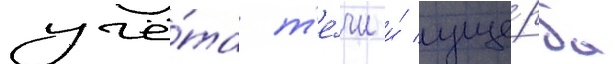
учё́та т'е́чи и́ уще́рба